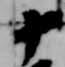
十